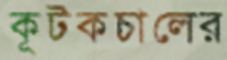
কূটকচালের